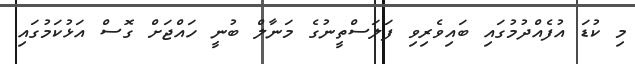
މި ކުޑަ އުފެއްދުމުގައި ބައިވެރިވި ފަލަސްތީނުގެ މަނާލް ބުނީ ހައްޖަށް ގޮސް އަޅުކަމުގައި